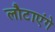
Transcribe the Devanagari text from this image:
लौटाएंगे